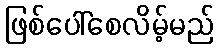
ဖြစ်ပေါ်စေလိမ့်မည်